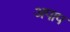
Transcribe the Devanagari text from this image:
अपाप